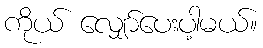
ကိုယ် လျှော်ပေးပါ့မယ်။